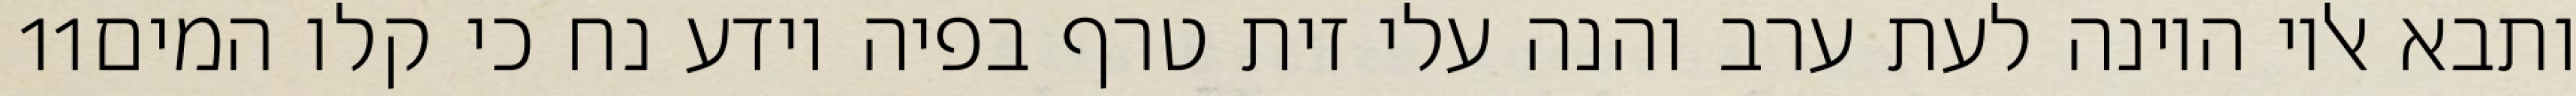
‎11‏ ותבא אליו היונה לעת ערב והנה עלי זית טרף בפיה וידע נח כי קלו המים